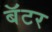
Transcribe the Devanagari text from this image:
बॅटर